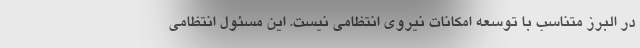
در البرز متناسب با توسعه امکانات نیروی انتظامی نیست. این مسئول انتظامی